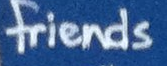
friends